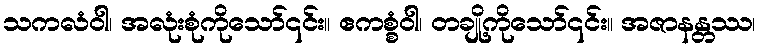
သကလံဝါ၊ အလုံးစုံကိုသော်၎င်း။ ဧကစ္စံဝါ၊ တချို့ကိုသော်၎င်း။ အဇာနန္တဿ၊